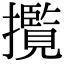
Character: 𭣄